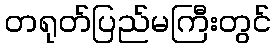
တရုတ်ပြည်မကြီးတွင်